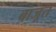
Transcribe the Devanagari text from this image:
बाजूत